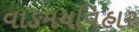
વાઙમયવિહાર